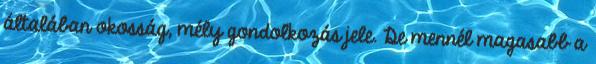
általában okosság, mély gondolkozás jele. De mennél magasabb a